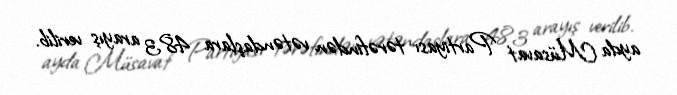
ayda Müsavat Partiyası tərəfindən vətəndaşlara 483 arayış verilib.